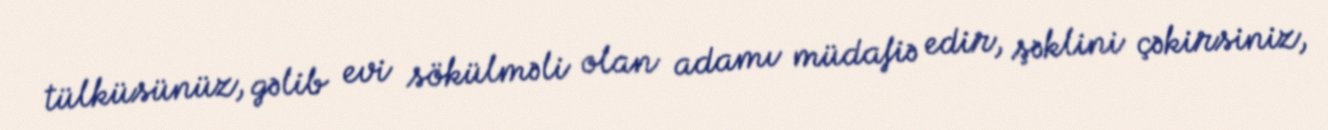
tülküsünüz, gəlib evi sökülməli olan adamı müdafiə edir, şəklini çəkirsiniz,